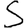
Digit: 5